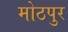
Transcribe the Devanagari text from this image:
मोठपुर